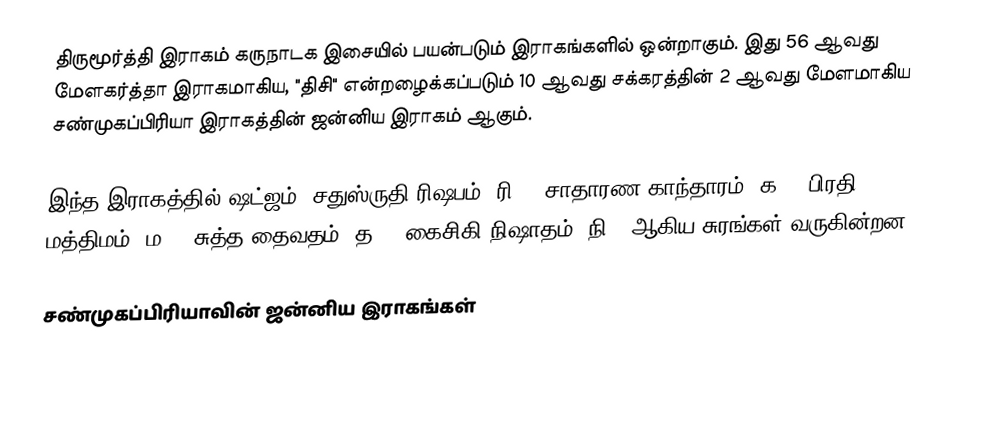
திருமூர்த்தி இராகம் கருநாடக இசையில் பயன்படும் இராகங்களில் ஒன்றாகும். இது 56 ஆவது மேளகர்த்தா இராகமாகிய, "திசி" என்றழைக்கப்படும் 10 ஆவது சக்கரத்தின் 2 ஆவது மேளமாகிய சண்முகப்பிரியா இராகத்தின் ஜன்னிய இராகம் ஆகும்.

இந்த இராகத்தில் ஷட்ஜம், சதுஸ்ருதி ரிஷபம் (ரி2),  சாதாரண காந்தாரம் (க2), பிரதி மத்திமம் (ம2), சுத்த தைவதம் (த1), கைசிகி நிஷாதம்  (நி2) ஆகிய சுரங்கள் வருகின்றன.

சண்முகப்பிரியாவின் ஜன்னிய இராகங்கள்